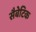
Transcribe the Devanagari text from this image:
सैबेटिक